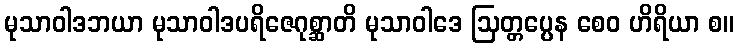
မုသာဝါဒဘယာ မုသာဝါဒပရိဇေဂုစ္ဆာတိ မုသာဝါဒေ ဩတ္တပ္ပေန စေဝ ဟိရိယာ စ။